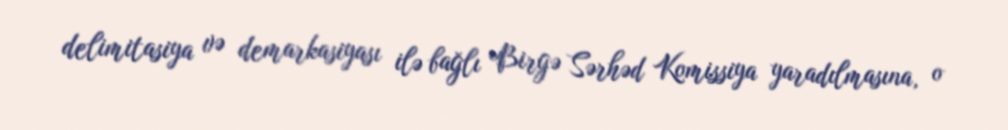
delimitasiya və demarkasiyası ilə bağlı Birgə Sərhəd Komissiya yaradılmasına, o